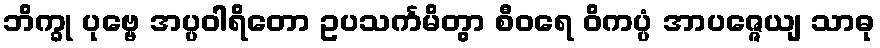
ဘိက္ခု ပုဗ္ဗေ အပ္ပဝါရိတော ဥပသင်္ကမိတွာ စီဝရေ ဝိကပ္ပံ အာပဇ္ဇေယျ သာဓု